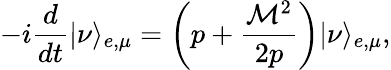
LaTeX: -i{\frac{d}{dt}}|\nu\rangle_{e,\mu}=\left(p+{\frac{{\cal M}^{2}}{2p}}\right)|\nu\rangle_{e,\mu},